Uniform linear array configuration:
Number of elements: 48
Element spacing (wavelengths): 0.5
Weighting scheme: exponential
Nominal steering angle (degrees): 60
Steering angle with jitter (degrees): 61.208
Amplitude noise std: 0.05
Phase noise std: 0.05

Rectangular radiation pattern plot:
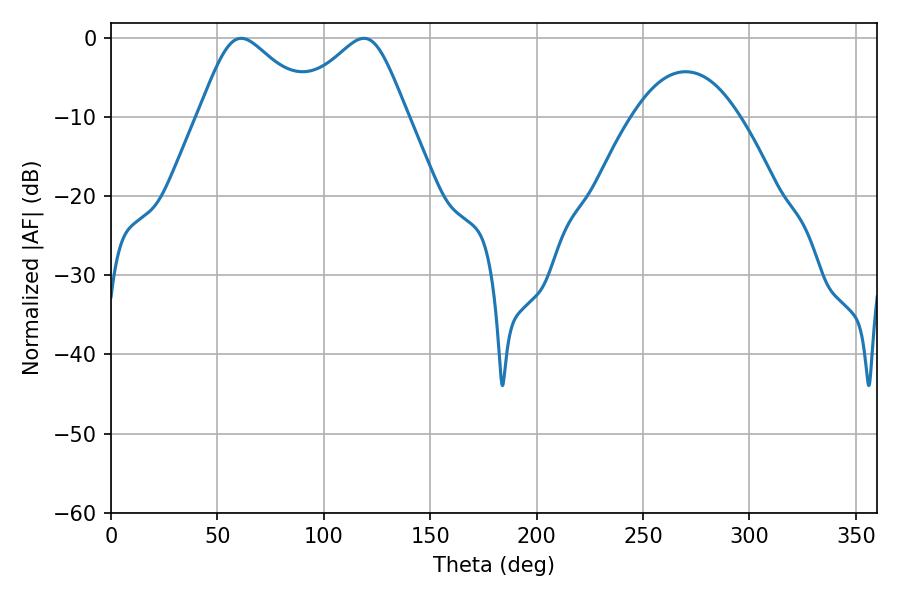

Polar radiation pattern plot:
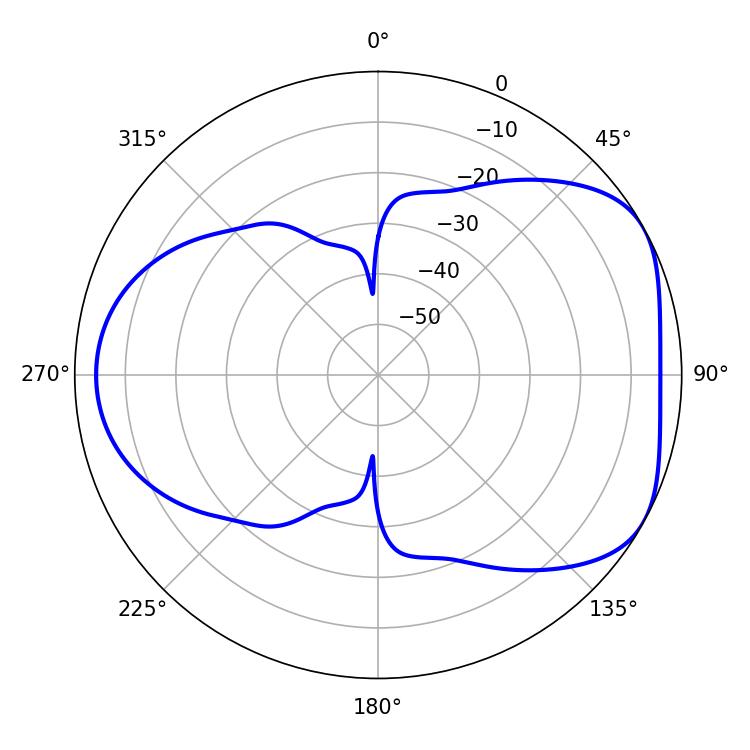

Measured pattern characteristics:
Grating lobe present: FALSE
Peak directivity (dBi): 4.796
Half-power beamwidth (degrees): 27
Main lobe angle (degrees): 61.2